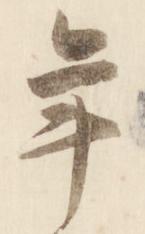
年